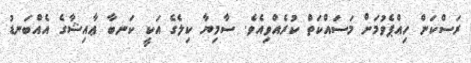
ރަސްކަން ހިއްޕެވުމަށް މަސައްކަތް ކުރެއްވިއެވެ. ސާމިޔާ ކިލެގެ އަކީ ކަނބާ ޢާއިޝާގެ އެއްބަނޑު